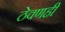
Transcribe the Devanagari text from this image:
ठेवणही